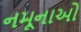
નમૂનાઓ